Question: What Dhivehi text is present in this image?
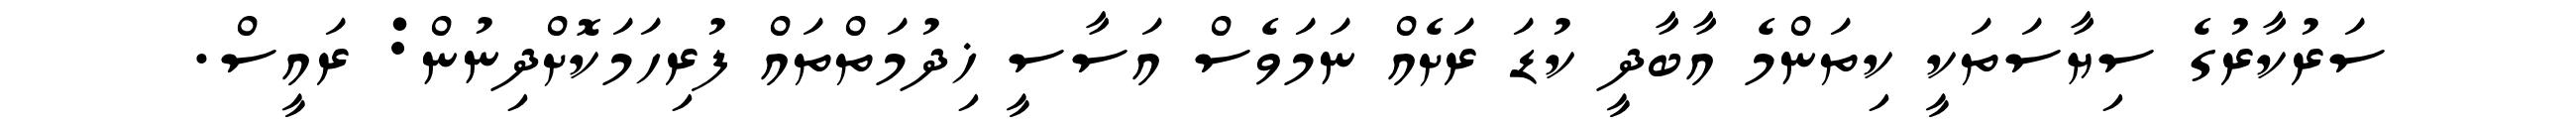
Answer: ސަރުކާރުގެ ސިޔާސަތަކީ ކިތަންމެ އާބާދީ ކުޑަ ރަށެއް ނަމަވެސް އަސާސީ ޚިދުމަތްތައް ފުރިހަމަކޮށްދިނުން: ރައީސް.